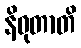
နိဝုတာတိ